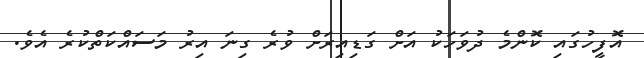
އޮފީހުގައި ކޮންމެ ދުވަހަކު އަށް ގަޑިއިރަށް ވުރެ ގިނަ އިރު މަސައްކަތްކުރެ އެވެ.